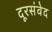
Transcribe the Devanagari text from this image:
दूरसंवेद